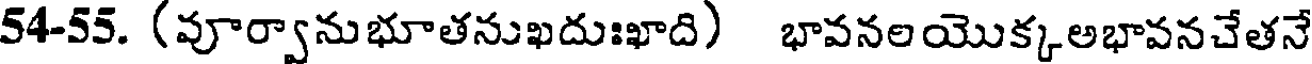
54-55. (వూర్వానుభూతనుఖదుఃఖాది) భావనలయొక్కఅభావనచేతనే